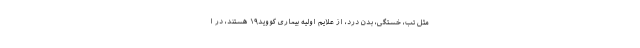
مثل تب، خستگی، بدن درد، از علایم اولیه بیماری کووید١٩ هستند، در ا